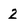
Character: 2